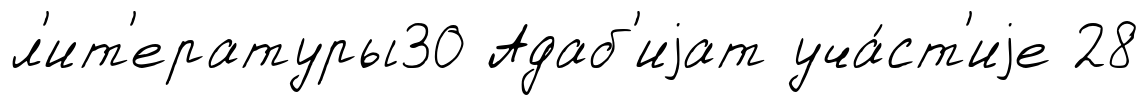
л'ит'ературы30 Адаб'иjат уча́ст'иjе 28